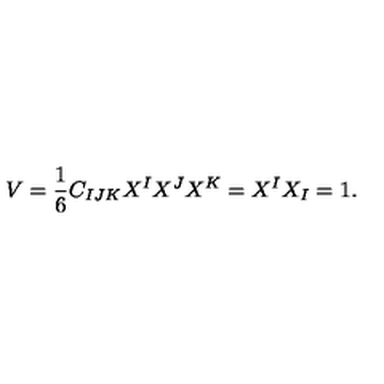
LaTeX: { V } = { \frac { 1 } { 6 } } C _ { I J K } X ^ { I } X ^ { J } X ^ { K } = X ^ { I } X _ { I } = 1 .